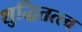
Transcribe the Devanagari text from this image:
शुद्धितत्त्व